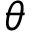
\theta